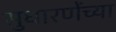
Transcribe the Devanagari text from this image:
सुधारणेंच्या